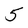
Character: 5